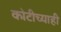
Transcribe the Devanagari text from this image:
कोटीच्याही